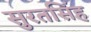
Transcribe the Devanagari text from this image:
सुरतसिंह